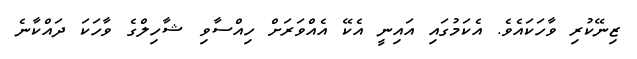
ޒިނޭކުރި ވާހަކައެވެ. އެކަމުގައި އައިނީ އެކޭ އެއްވަރަށް ހިއްސާވި ޝާހިލްގެ ވާހަކަ ދައްކާނެ